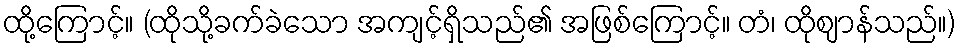
ထို့ကြောင့်။ (ထိုသို့ခက်ခဲသော အကျင့်ရှိသည်၏ အဖြစ်ကြောင့်။ တံ၊ ထိုဈာန်သည်။)